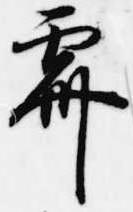
霽